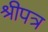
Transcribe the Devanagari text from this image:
श्रीपत्र